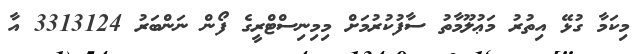
މިކަމާ ގުޅޭ އިތުރު މަޢުލޫމާތު ސާފުކުރުމަށް މިމިނިސްޓްރީގެ ފޯން ނަންބަރު 3313124 އާ